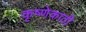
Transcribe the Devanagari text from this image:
कृष्णेकाठी